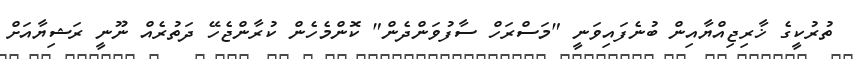
ތުރުކީގެ ޚާރިޖިއްޔާއިން ބުނެފައިވަނީ "މަސްރަހް ސާފުވަންދެން" ކޮންމެހެން ކުރާންޖެހޭ ދަތުރެއް ނޫނީ ރަޝިޔާއަށް